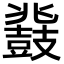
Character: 鼗